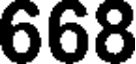
668